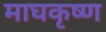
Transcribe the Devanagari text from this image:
माघकृष्ण